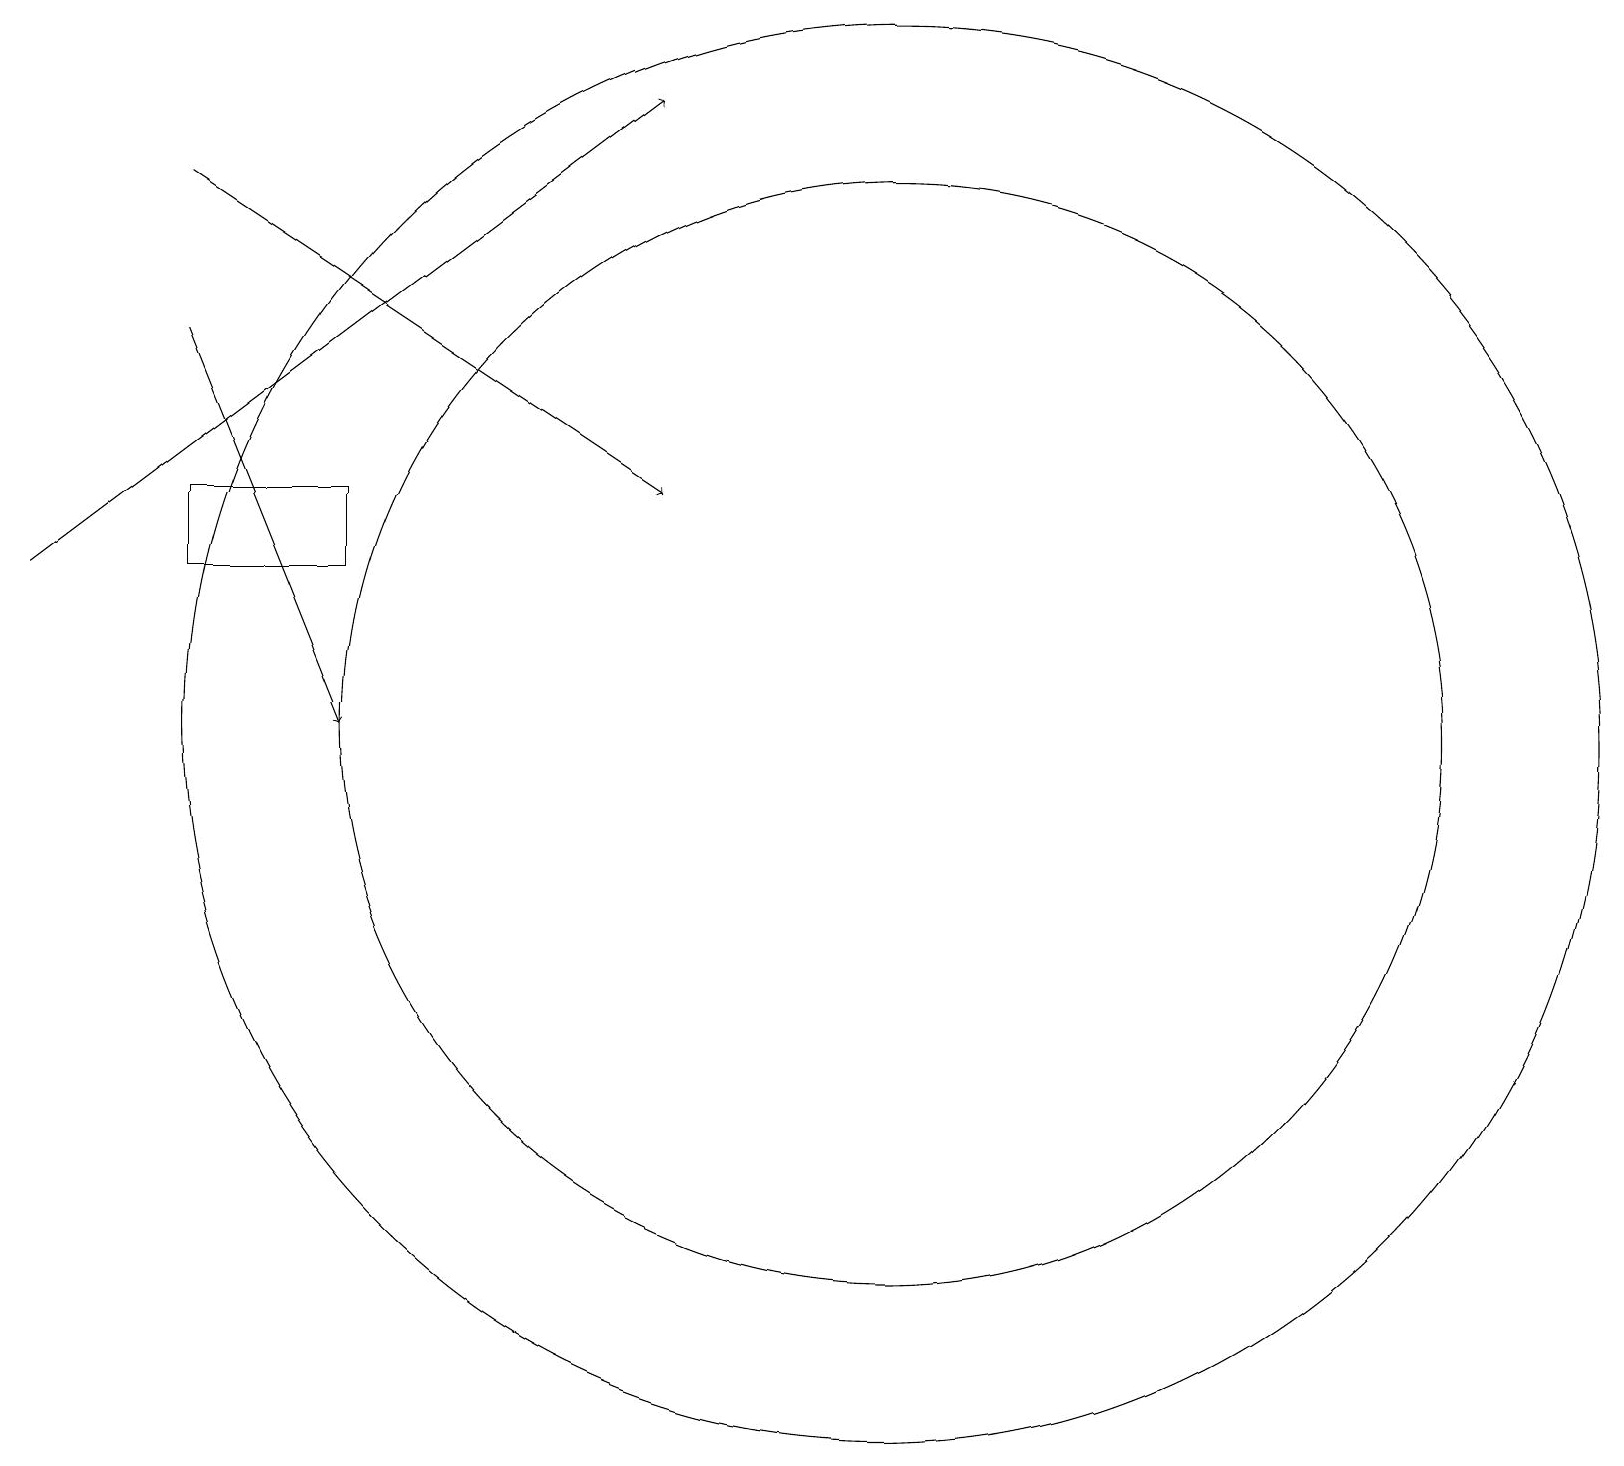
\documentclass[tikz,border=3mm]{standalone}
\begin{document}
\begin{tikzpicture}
\draw (11,10) circle (9);
\draw (12,10) circle (0);
\draw[->] (2,17) -- (8,13);
\draw[->] (0,12) -- (8,18);
\draw (2,13) rectangle (4,12);
\draw[->] (2,15) -- (4,10);
\draw (11,10) circle (7);
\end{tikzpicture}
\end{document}